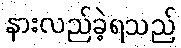
နားလည်ခဲ့ရသည်